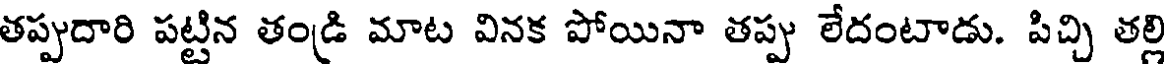
తప్పుదారి పట్టిన తండ్రి మాట వినక పోయినా తప్పు లేదంటాడు. పిచ్చి తల్లి